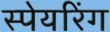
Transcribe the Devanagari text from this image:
स्पेयरिंग